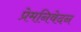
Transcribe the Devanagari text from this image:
प्रेमनिवेदन